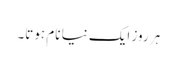
ہر روز ایک نیا نام ہوتا۔